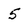
Character: 5